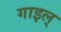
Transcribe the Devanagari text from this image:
गाइल्